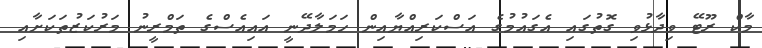
މާކް ރޫޓޭ ވިދާޅުވި ގޮތުގައި އެގައުމުގެ އަސްކަރިއްޔާއިން ހަމަލާދޭނީ އައިއެސްގެ ތަމްރީނު މަރުކަޒުތަކަށާއި